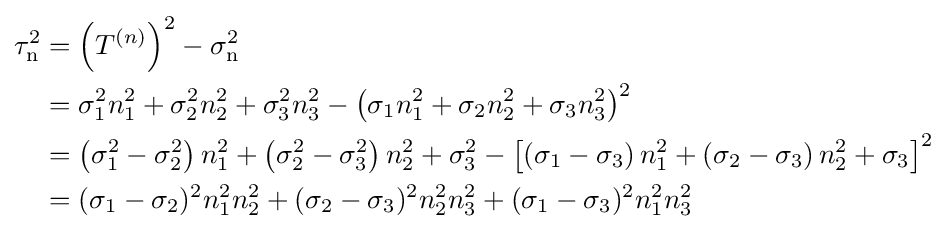
{\begin{aligned}\tau _{\text{n}}^{2}&=\left(T^{(n)}\right)^{2}-\sigma _{\text{n}}^{2}\\&=\sigma _{1}^{2}n_{1}^{2}+\sigma _{2}^{2}n_{2}^{2}+\sigma _{3}^{2}n_{3}^{2}-\left(\sigma _{1}n_{1}^{2}+\sigma _{2}n_{2}^{2}+\sigma _{3}n_{3}^{2}\right)^{2}\\&=\left(\sigma _{1}^{2}-\sigma _{2}^{2}\right)n_{1}^{2}+\left(\sigma _{2}^{2}-\sigma _{3}^{2}\right)n_{2}^{2}+\sigma _{3}^{2}-\left[\left(\sigma _{1}-\sigma _{3}\right)n_{1}^{2}+\left(\sigma _{2}-\sigma _{3}\right)n_{2}^{2}+\sigma _{3}\right]^{2}\\&=(\sigma _{1}-\sigma _{2})^{2}n_{1}^{2}n_{2}^{2}+(\sigma _{2}-\sigma _{3})^{2}n_{2}^{2}n_{3}^{2}+(\sigma _{1}-\sigma _{3})^{2}n_{1}^{2}n_{3}^{2}\\\end{aligned}}